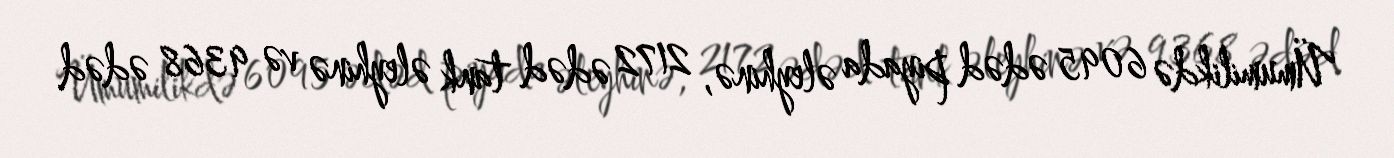
Ümumilikdə 6095 ədəd piyada əleyhinə, 2172 ədəd tank əleyhinə və 9368 ədəd